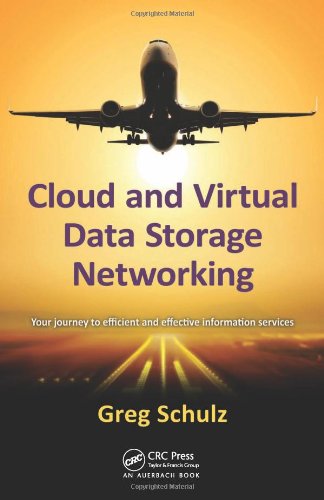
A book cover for Cloud and Virtual Data Storage Networking; Greg Schulz; Computers & Technology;